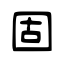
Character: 固